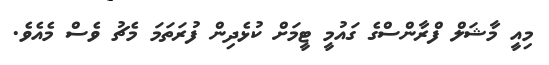
މިއީ މާޝަލް ފްރާންސްގެ ގައުމީ ޓީމަށް ކުޅެދިން ފުރަތަމަ މެޗު ވެސް މެއެވެ.